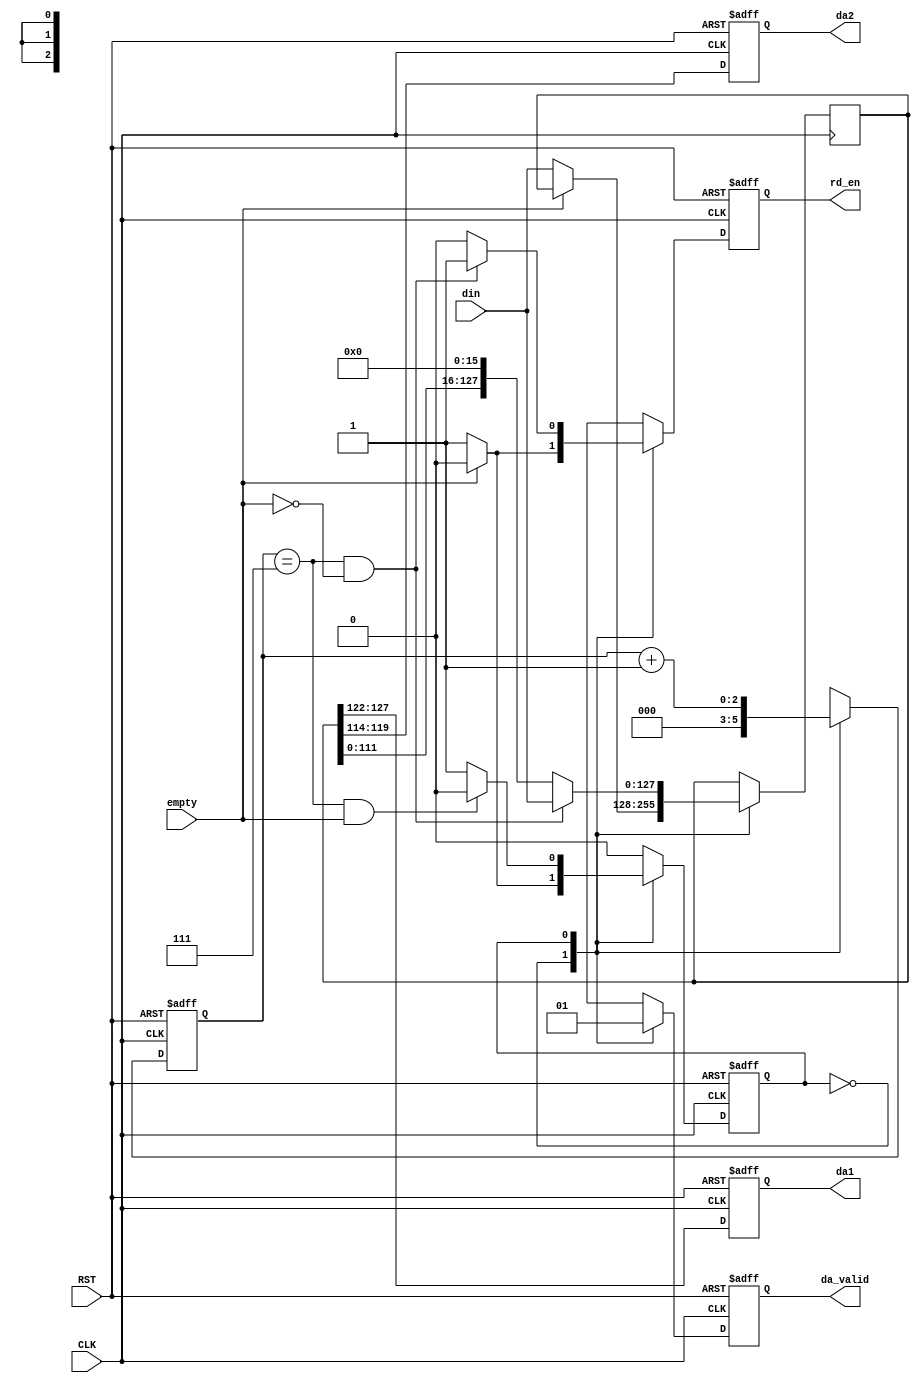

module datop
  (
   input            CLK,
   input            RST,

   output           rd_en,
   input [127:0]    din,
   input            empty,

   output reg [5:0] da1,
   output reg [5:0] da2,
   output reg       da_valid
   );

   localparam s_idle    = 1'd0;
   localparam s_running = 1'd1;
   reg           state;

   reg [127:0]   d;

   localparam index_top = 3'd7;
   reg [2:0]     index;

   wire          fin;
   wire          next_chunk;

   reg           rd_en_r;
   assign rd_en = rd_en_r;

   assign fin = index == index_top && empty;
   assign next_chunk = index == index_top && !empty;
   
   always @(posedge CLK or negedge RST)
     if (!RST) begin
        state <= s_idle;
     end else begin
        case (state)
          s_idle: 
            if (!empty)
              state <= s_running;

          s_running:
            if (fin)
              state <= s_idle;
          
          default: ;
        endcase
     end

   always @(posedge CLK) begin
      case (state)
        s_idle:
          if (!empty)
            d <= din;

        s_running:
          if (next_chunk)
            d <= din;
          else
            d <= {d[111:0], 16'h00};
        
        default: ;
      endcase
   end

   always @(posedge CLK or negedge RST) begin
      if (!RST) begin
         da1 <= 6'h0;
         da2 <= 6'h0;
      end else begin
         da1 <= d[127:122];
         da2 <= d[119:114];
      end
   end

   always @(posedge CLK or negedge RST)
     if (!RST) begin
        index <= 3'd0;
     end else begin
        case (state)
          s_idle: 
            index <= 3'd0;

          s_running:
            index <= index + 3'd1;

        endcase
     end // else: !if(!RST)

   always @(posedge CLK or negedge RST)
     if (!RST) begin
        da_valid <= 1'b0;
     end else begin
        case (state)
          s_idle:
            da_valid <= 1'b0;

          s_running:
            da_valid <= 1'b1;

          default: ;
        endcase
     end

   always @(posedge CLK or negedge RST)
     if (!RST) begin
        rd_en_r <= 1'b0;
     end else begin
        case (state)
          s_idle:
            if (!empty)
              rd_en_r <= 1'b1;
            else
              rd_en_r <= 1'b0;

          s_running:
            if (next_chunk)
              rd_en_r <= 1'b1;
            else
              rd_en_r <= 1'b0;

          default: ;
        endcase
     end

endmodule